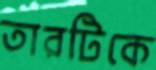
তারটিকে